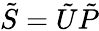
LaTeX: \tilde{S}=\tilde{U}\tilde{P}